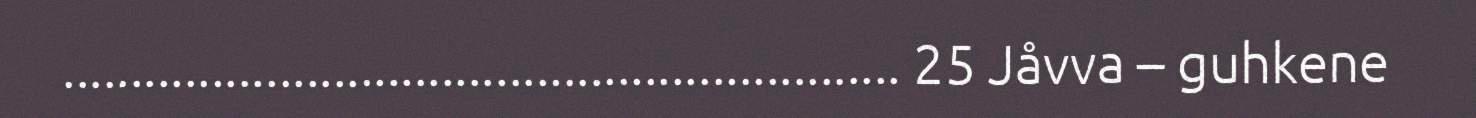
.............................................................. 25 Jåvva – guhkene